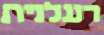
רעלנית